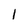
Character: l